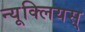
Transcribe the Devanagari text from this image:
न्यूक्लियस्